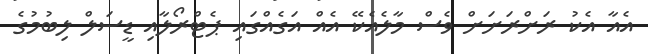
އެއާ އެކު ރަށްރަށަށް ވެސް މާލެއެކޭ އެއް އަގެއްގައި ޕެޓްރޯލާއި ޑީސަލް ލިބުމުގެ